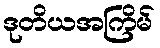
ဒုတိယအကြိမ်